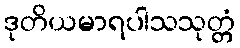
ဒုတိယမာရပါသသုတ္တံ